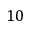
1 0